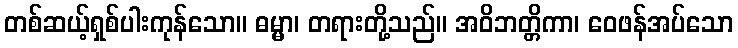
တစ်ဆယ့်ရှစ်ပါးကုန်သော။ ဓမ္မာ၊ တရားတို့သည်။ အဝိဘတ္တိကာ၊ ဝေဖန်အပ်သော